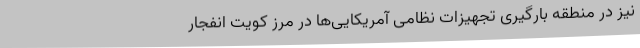
نیز در منطقه بارگیری تجهیزات نظامی آمریکایی‌ها در مرز کویت انفجار